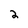
Character: 2